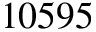
1 0 5 9 5